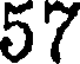
57